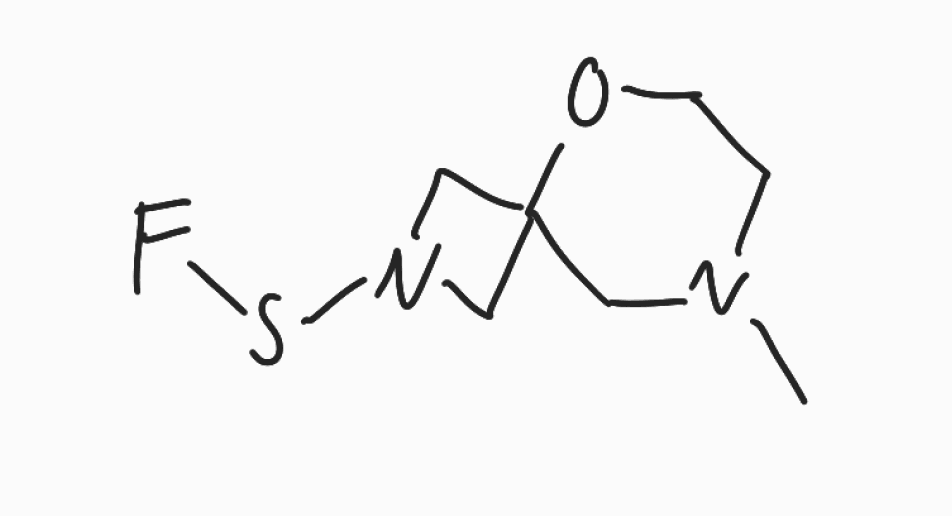
Simplified molecular-input line-entry system (SMILES) notation of the given molecule:
CN1CCOC2(C1)CN(C2)SF